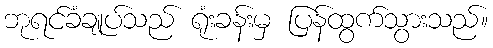
ဘုရင်ခံချုပ်သည် ရုံးခန်းမှ ပြန်ထွက်သွားသည်။